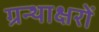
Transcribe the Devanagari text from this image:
ग्रन्थाक्षरों